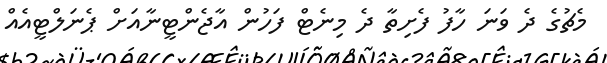
މެޗުގެ ދެ ވަނަ ހާފު ފެށިތާ ދެ މިނެޓް ފަހުން އާޖެންޓީނާއަށް ޕެނަލްޓީއެއް